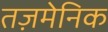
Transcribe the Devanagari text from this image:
तज़मेनिक